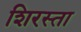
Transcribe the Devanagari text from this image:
शिरस्ता